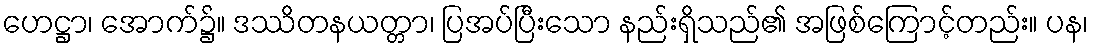
ဟေဋ္ဌာ၊ အောက်၌။ ဒဿိတနယတ္တာ၊ ပြအပ်ပြီးသော နည်းရှိသည်၏ အဖြစ်ကြောင့်တည်း။ ပန၊